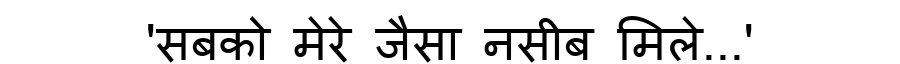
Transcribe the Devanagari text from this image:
'सबको मेरे जैसा नसीब मिले...'